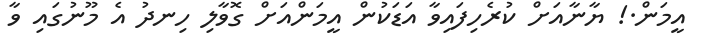
އީމަން.! ޔާނާއަށް ކުރެހިފައިވާ އަޑަކުން އީމަންއަށް ގޮވާލި ހިނދު އެ މޫނުގައި ވާ